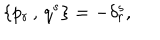
LaTeX: \{ p _ { r } \, , \, q ^ { s } \} = - \delta _ { r } ^ { s } ,